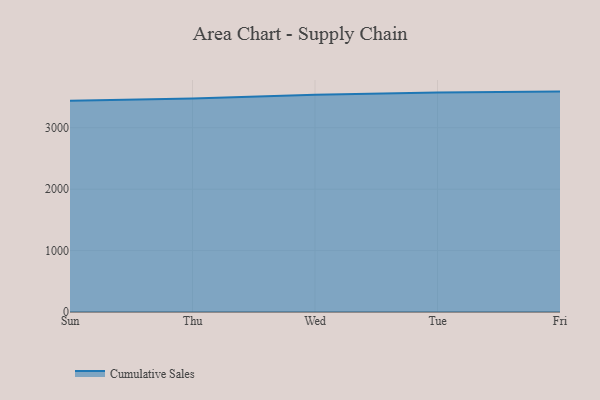
{"axis": {"x": "Day", "y": "Demand Index"}, "legend": ["Cumulative Sales"], "data": [{"x": "Sun", "y": 3438.5, "type": "Cumulative Sales"}, {"x": "Thu", "y": 3474.8, "type": "Cumulative Sales"}, {"x": "Wed", "y": 3537.0, "type": "Cumulative Sales"}, {"x": "Tue", "y": 3575.4, "type": "Cumulative Sales"}, {"x": "Fri", "y": 3588.6, "type": "Cumulative Sales"}]}